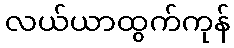
လယ်ယာထွက်ကုန်